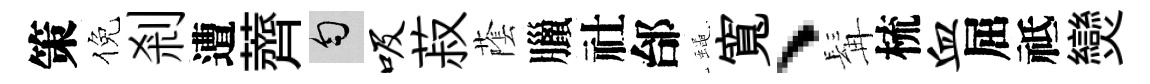
策倪剎遭薺匀吸菽䕃臘社邰蠅寬、髯梳血屈祗𤓖